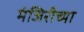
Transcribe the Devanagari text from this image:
मंजिरीच्या